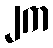
၂က